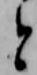
と